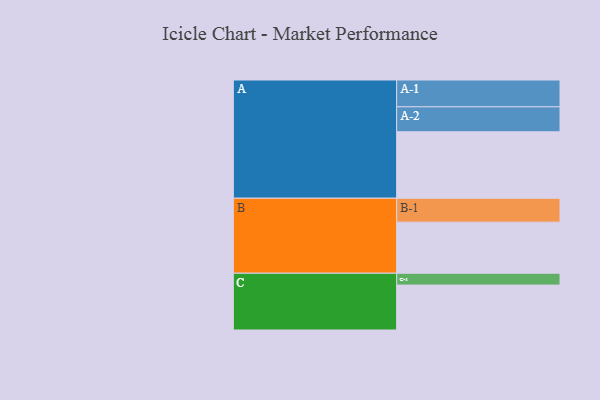
{"axis": {"x": "Segment", "y": "Value"}, "legend": ["", "A", "B", "C"], "data": [{"x": "A", "y": 466, "type": ""}, {"x": "B", "y": 358, "type": ""}, {"x": "C", "y": 315, "type": ""}, {"x": "A-1", "y": 188, "type": "A"}, {"x": "A-2", "y": 175, "type": "A"}, {"x": "B-1", "y": 168, "type": "B"}, {"x": "C-1", "y": 83, "type": "C"}]}